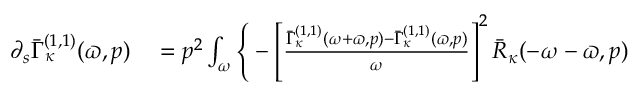
\begin{array} { r l } { \partial _ { s } \bar { \Gamma } _ { \kappa } ^ { ( 1 , 1 ) } ( \varpi , p ) } & { { } = p ^ { 2 } \int _ { \omega } \Bigg \{ - \left[ \frac { \bar { \Gamma } _ { \kappa } ^ { ( 1 , 1 ) } ( \omega + \varpi , p ) - \bar { \Gamma } _ { \kappa } ^ { ( 1 , 1 ) } ( \varpi , p ) } { \omega } \right] ^ { 2 } \bar { R } _ { \kappa } ( - \omega - \varpi , p ) } \end{array}